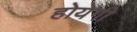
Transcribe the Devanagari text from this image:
होयेगी